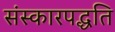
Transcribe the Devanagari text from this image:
संस्कारपद्धति